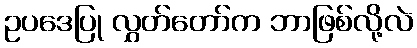
ဥပဒေပြု လွှတ်တော်က ဘာဖြစ်လို့လဲ